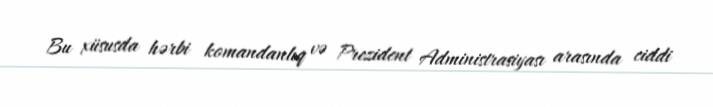
Bu xüsusda hərbi komandanlıq və Prezident Administrasiyası arasında ciddi